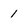
Character: 1